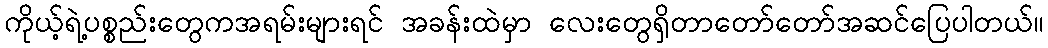
ကိုယ့်ရဲ့ပစ္စည်းတွေကအရမ်းများရင် အခန်းထဲမှာ လေးတွေရှိတာတော်တော်အဆင်ပြေပါတယ်။